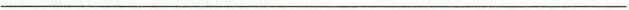
___